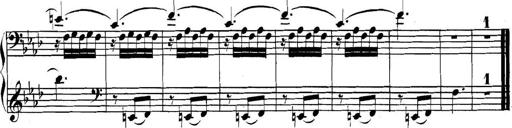
Title: Collected Piano Sonatas
Composer: Muzio Clementi